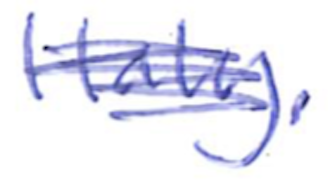
Text: Italy.
Cross-out: mix
Writing tool: ballpoint